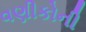
વણીકોની